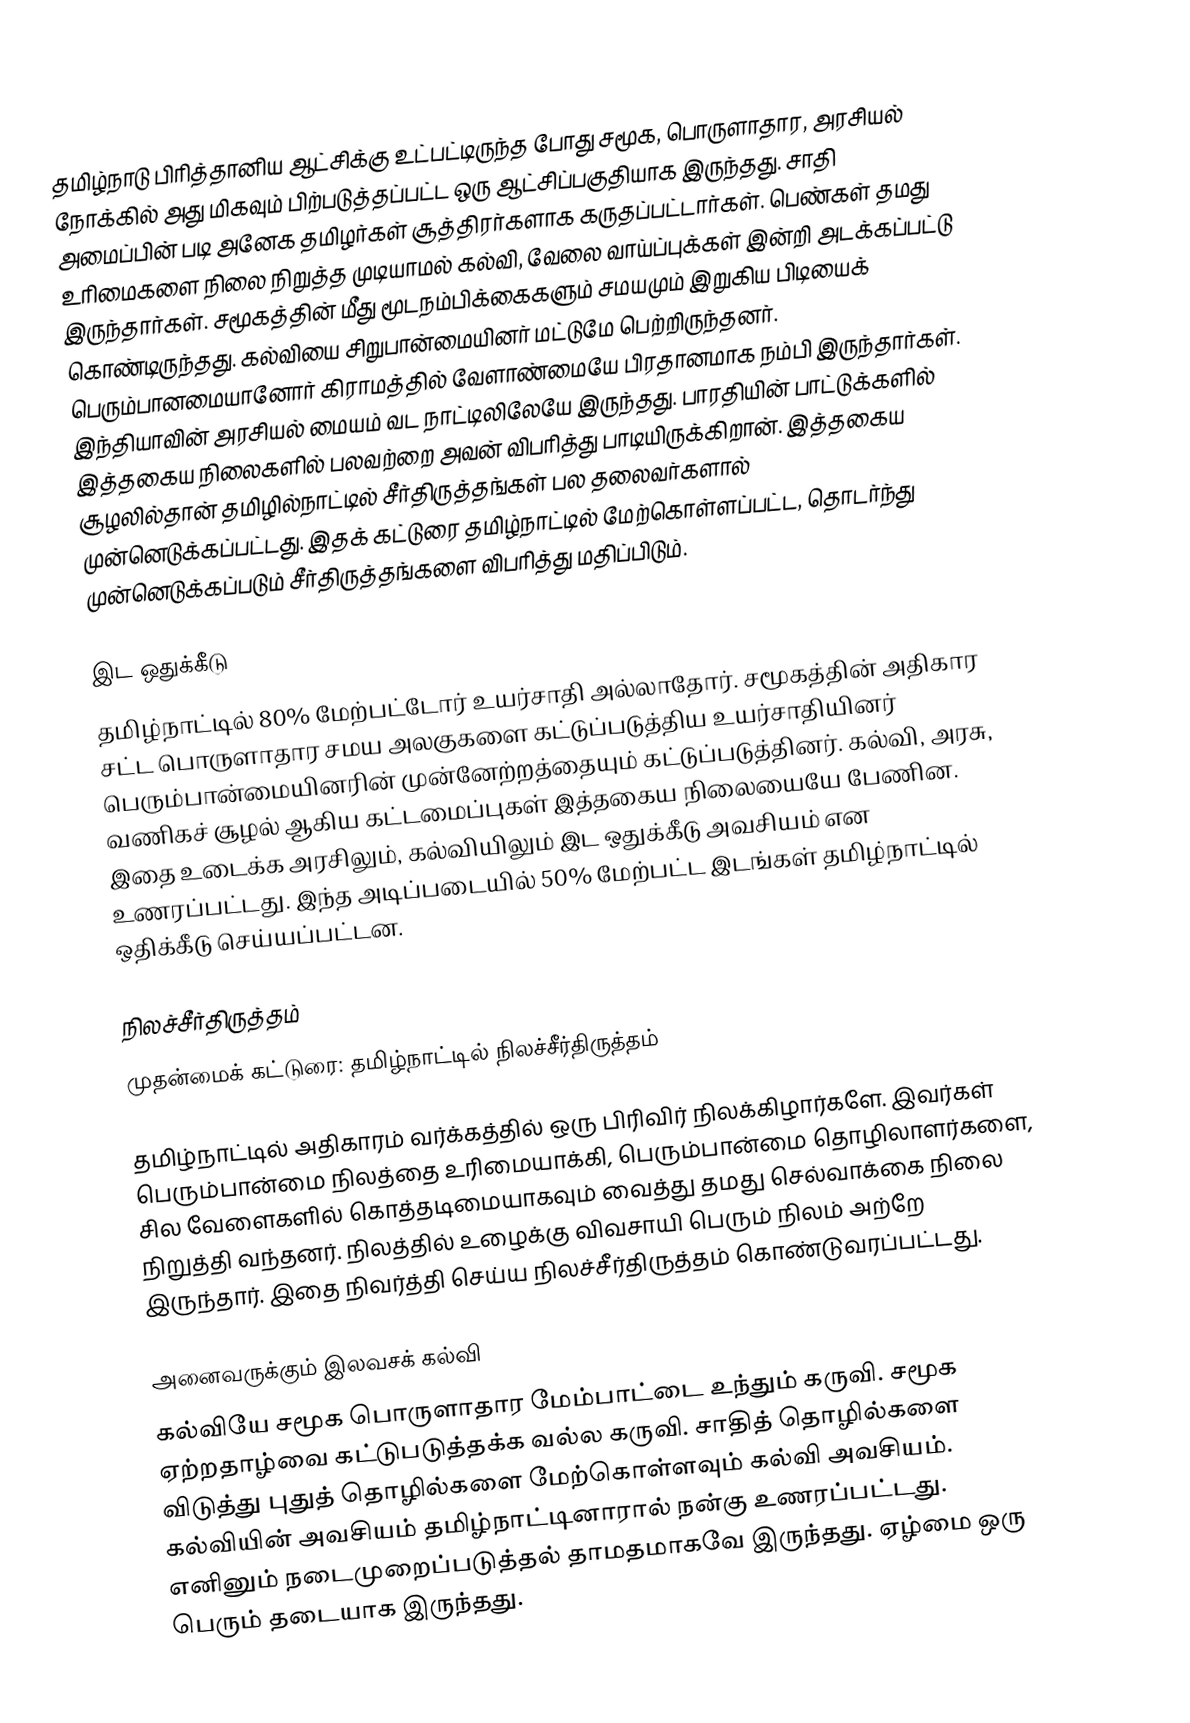
தமிழ்நாடு பிரித்தானிய ஆட்சிக்கு உட்பட்டிருந்த போது சமூக, பொருளாதார, அரசியல் நோக்கில் அது மிகவும் பிற்படுத்தப்பட்ட ஒரு ஆட்சிப்பகுதியாக இருந்தது.  சாதி அமைப்பின் படி அனேக தமிழர்கள் சூத்திரர்களாக கருதப்பட்டார்கள்.  பெண்கள் தமது உரிமைகளை நிலை நிறுத்த முடியாமல் கல்வி, வேலை வாய்ப்புக்கள் இன்றி அடக்கப்பட்டு இருந்தார்கள்.  சமூகத்தின் மீது மூடநம்பிக்கைகளும் சமயமும் இறுகிய பிடியைக் கொண்டிருந்தது.  கல்வியை சிறுபான்மையினர் மட்டுமே பெற்றிருந்தனர்.  பெரும்பானமையானோர் கிராமத்தில் வேளாண்மையே பிரதானமாக நம்பி இருந்தார்கள்.  இந்தியாவின் அரசியல் மையம் வட நாட்டிலிலேயே இருந்தது.  பாரதியின் பாட்டுக்களில் இத்தகைய நிலைகளில் பலவற்றை அவன் விபரித்து பாடியிருக்கிறான்.  இத்தகைய சூழலில்தான் தமிழில்நாட்டில் சீர்திருத்தங்கள் பல தலைவர்களால் முன்னெடுக்கப்பட்டது. இதக் கட்டுரை தமிழ்நாட்டில் மேற்கொள்ளப்பட்ட, தொடர்ந்து முன்னெடுக்கப்படும் சீர்திருத்தங்களை விபரித்து மதிப்பிடும்.

இட ஒதுக்கீடு
தமிழ்நாட்டில் 80% மேற்பட்டோர் உயர்சாதி அல்லாதோர்.  சமூகத்தின் அதிகார சட்ட பொருளாதார சமய அலகுகளை கட்டுப்படுத்திய உயர்சாதியினர் பெரும்பான்மையினரின் முன்னேற்றத்தையும் கட்டுப்படுத்தினர்.  கல்வி, அரசு, வணிகச் சூழல் ஆகிய கட்டமைப்புகள் இத்தகைய நிலையையே பேணின.  இதை உடைக்க அரசிலும், கல்வியிலும் இட ஒதுக்கீடு அவசியம் என உணரப்பட்டது.  இந்த அடிப்படையில் 50% மேற்பட்ட இடங்கள் தமிழ்நாட்டில் ஒதிக்கீடு செய்யப்பட்டன.

நிலச்சீர்திருத்தம்
முதன்மைக் கட்டுரை: தமிழ்நாட்டில் நிலச்சீர்திருத்தம்

தமிழ்நாட்டில் அதிகாரம் வர்க்கத்தில் ஒரு பிரிவிர் நிலக்கிழார்களே.  இவர்கள் பெரும்பான்மை நிலத்தை உரிமையாக்கி, பெரும்பான்மை தொழிலாளர்களை, சில வேளைகளில் கொத்தடிமையாகவும் வைத்து தமது செல்வாக்கை நிலை நிறுத்தி வந்தனர்.  நிலத்தில் உழைக்கு விவசாயி பெரும் நிலம் அற்றே இருந்தார்.  இதை நிவர்த்தி செய்ய நிலச்சீர்திருத்தம் கொண்டுவரப்பட்டது.

அனைவருக்கும் இலவசக் கல்வி
கல்வியே சமூக பொருளாதார மேம்பாட்டை உந்தும் கருவி.  சமூக ஏற்றதாழ்வை கட்டுபடுத்தக்க வல்ல கருவி.  சாதித் தொழில்களை விடுத்து புதுத் தொழில்களை மேற்கொள்ளவும் கல்வி அவசியம்.  கல்வியின் அவசியம் தமிழ்நாட்டினாரால் நன்கு உணரப்பட்டது.  எனினும் நடைமுறைப்படுத்தல் தாமதமாகவே இருந்தது.  ஏழ்மை ஒரு பெரும் தடையாக இருந்தது.